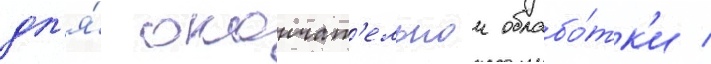
дл'я́ окончат'ельнои обрабо́тк'и /